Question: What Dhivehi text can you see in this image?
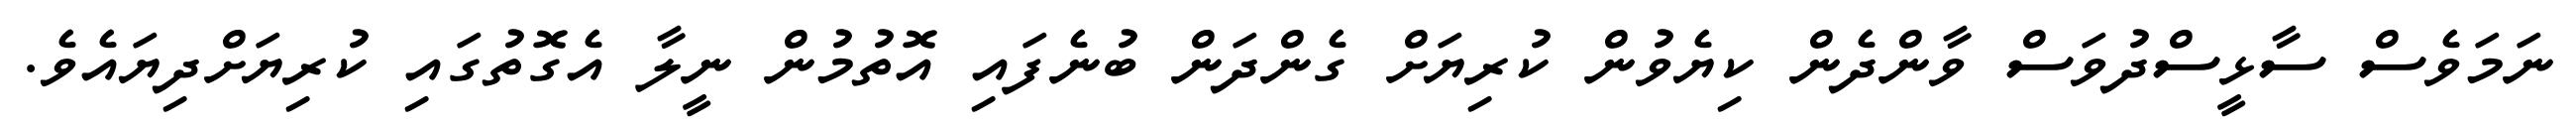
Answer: ނަމަވެސް ސާޅީސްދުވަސް ވާންދެން ކިޔެވުން ކުރިޔަށް ގެންދަން ބުނެފައި އޮތުމުން ނީލާ އެގޮތުގައި ކުރިޔަށްދިޔައެވެ.